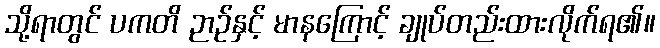
သို့ရာတွင် ပကတိ ဉာဉ်နှင့် မာနကြောင့် ချုပ်တည်းထားလိုက်ရ၏။